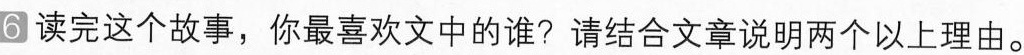
6 读完这个故事，你最喜欢文中的谁?请结合文章说明两个以上理由。